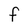
Character: F